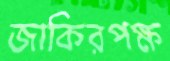
জাকিরপক্ষ